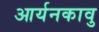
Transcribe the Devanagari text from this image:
आर्यनकावु